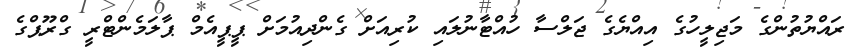
ރައްޔުތުންގެ މަޖިލީހުގެ އިއްޔެގެ ޖަލްސާ ހުއްޓާނުލައި ކުރިއަށް ގެންދިއުމަށް ޕީޕީއެމް ޕާލަމެންޓްރީ ގްރޫޕްގެ